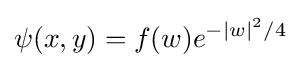
\psi (x,y)=f(w)e^{-|w|^{2}/4}